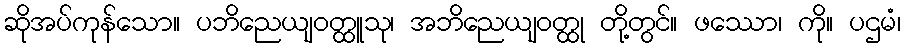
ဆိုအပ်ကုန်သော။ ပဘိညေယျဝတ္ထူသု၊ အဘိညေယျဝတ္ထု တို့တွင်။ ဖဿော၊ ကို။ ပဌမံ၊